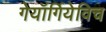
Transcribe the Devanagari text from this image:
गेयॉर्गियेविच